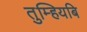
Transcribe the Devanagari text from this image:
तुम्हियबि